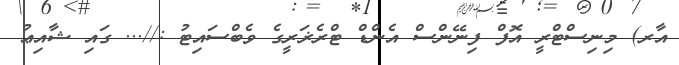
އާރ) މިނިސްޓްރީ އޮފް ފިނޭންސް އެންޑް ޓްރެޜަރީގެ ވެބްސައިޓު ://... ގައި ޝާއިޢު